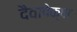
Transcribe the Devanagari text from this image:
दैवापेक्षा